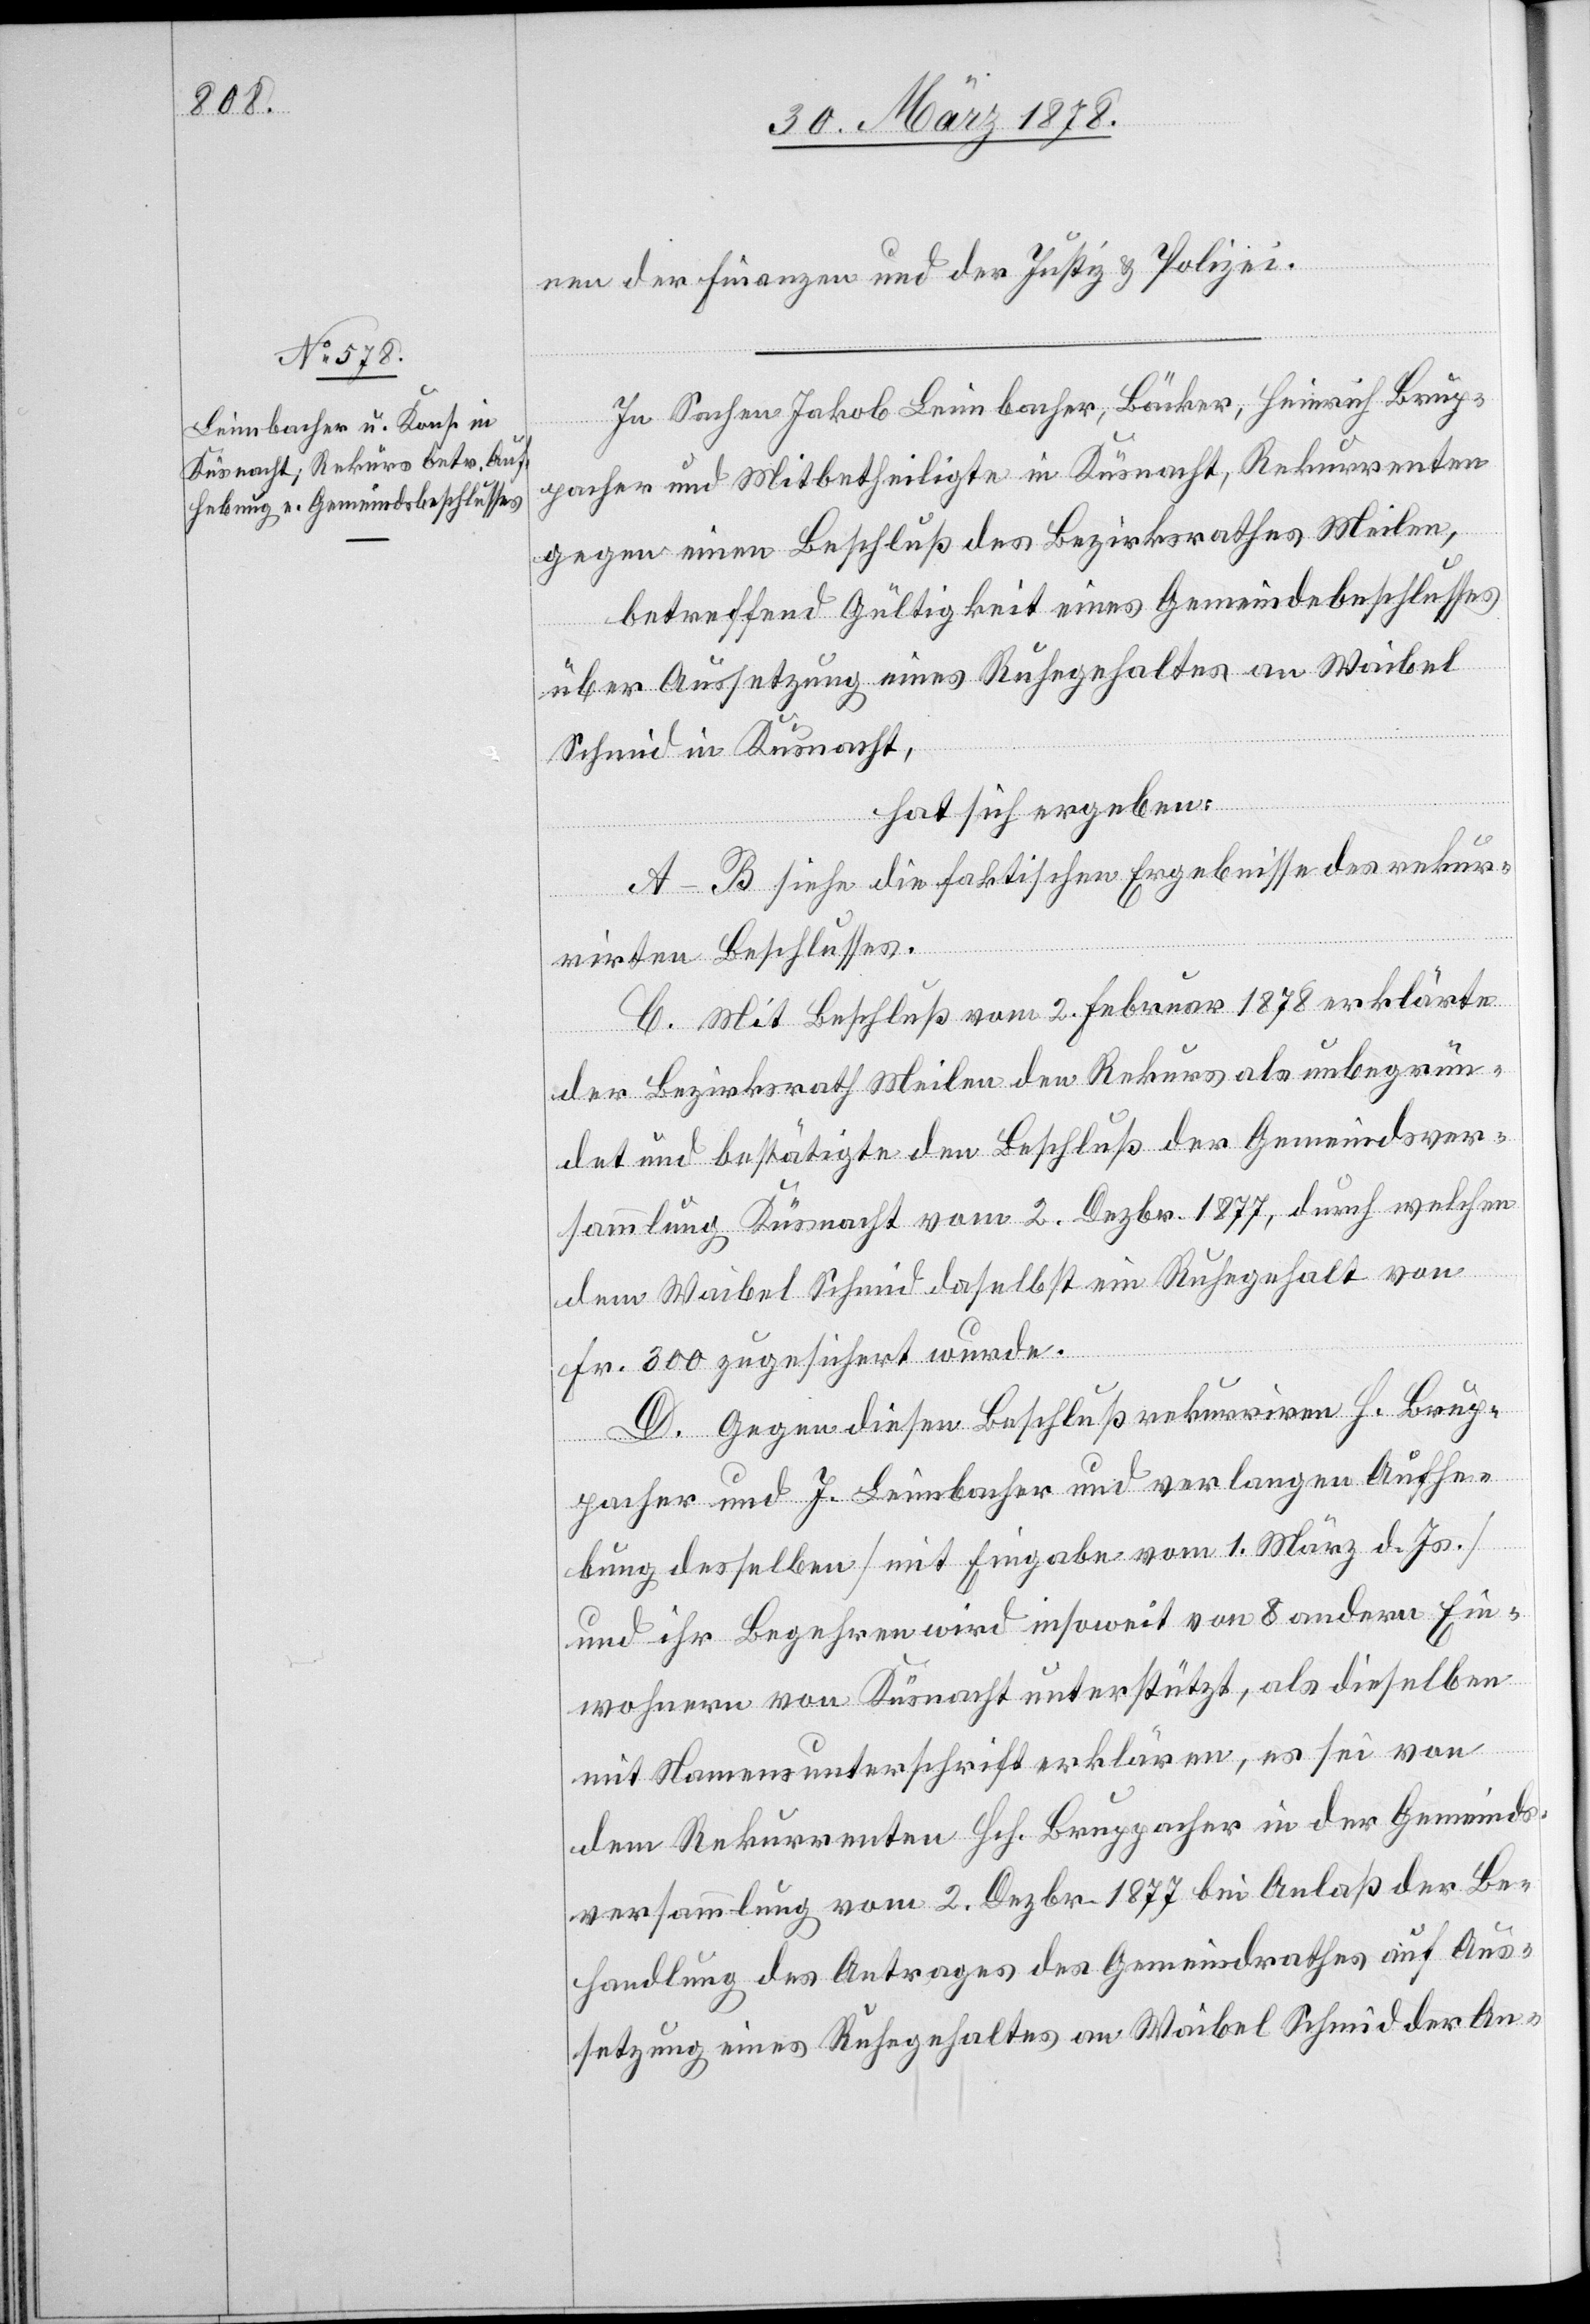
en der Finanzen und der Justiz & Polizei.
In Sachen Jakob Leimbacher, Bäcker, Heinrich Brup¬
pacher und Mitbetheiligte in Küsnacht, Rekurrenten
gegen einen Beschluß des Bezirksrathes Meilen,
betreffend Gültigkeit eines Gemeindebeschlusses
über Aussetzung eines Ruhegehaltes an Waibel
Schmid in Küsnacht,
hat sich ergeben:
A–B siehe die faktischen Ergebnisse des rekur¬
rirten Beschlusses.
C. Mit Beschluß vom 2. Februar 1878 erklärte
der Bezirksrath Meilen den Rekurs als unbegrün¬
det und bestätigte den Beschluß der Gemeindsver¬
sammlung Küsnacht vom 2. Dezbr. 1877, durch welchen
dem Waibel Schmid daselbst ein Ruhegehalt von
Fr. 300 zugesichert wurde.
D. Gegen diesen Beschluß rekurriren H. Brup¬
pacher und J. Leimbacher und verlangen Aufhe¬
bung desselben (mit Eingabe vom 1. März d. Js.)
und ihr Begehren wird insoweit von 8 andern Ein¬
wohnern von Küsnacht unterstützt, als dieselben
mit Namensunterschrift erklären, es sei von
dem Rekurrenten Hch. Bruppacher in der Gemeinds¬
versammlung vom 2. Dezbr. 1877 bei Anlaß der Be¬
handlung des Antrages des Gemeindrathes auf Aus¬
setzung eines Ruhegehaltes an Waibel Schmid der An-